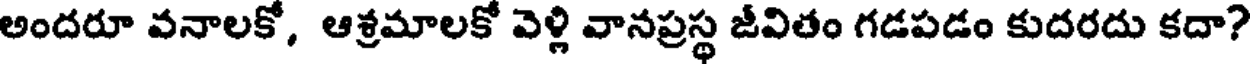
అందరూ వనాలకో, ఆశ్రమాలకో వెళ్లి వానప్రస్థ జీవితం గడపడం కుదరదు కదా?